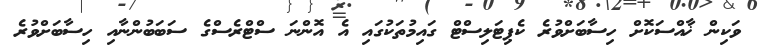
ވަކިން ޚާއްސަކޮށް ހިސާބަށްވުރެ ކެޕިޓަލިސްޓް ގައިމުތަކުގައި އެ އޮންނަ ސްޓްރެސްގެ ސަބަބުންނާއި ހިސާބަށްވުރެ